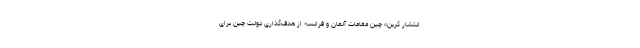
انتشار کربن» چین مقامات آلمان و فرانسه از هدف‌گذاری دولت چین برای